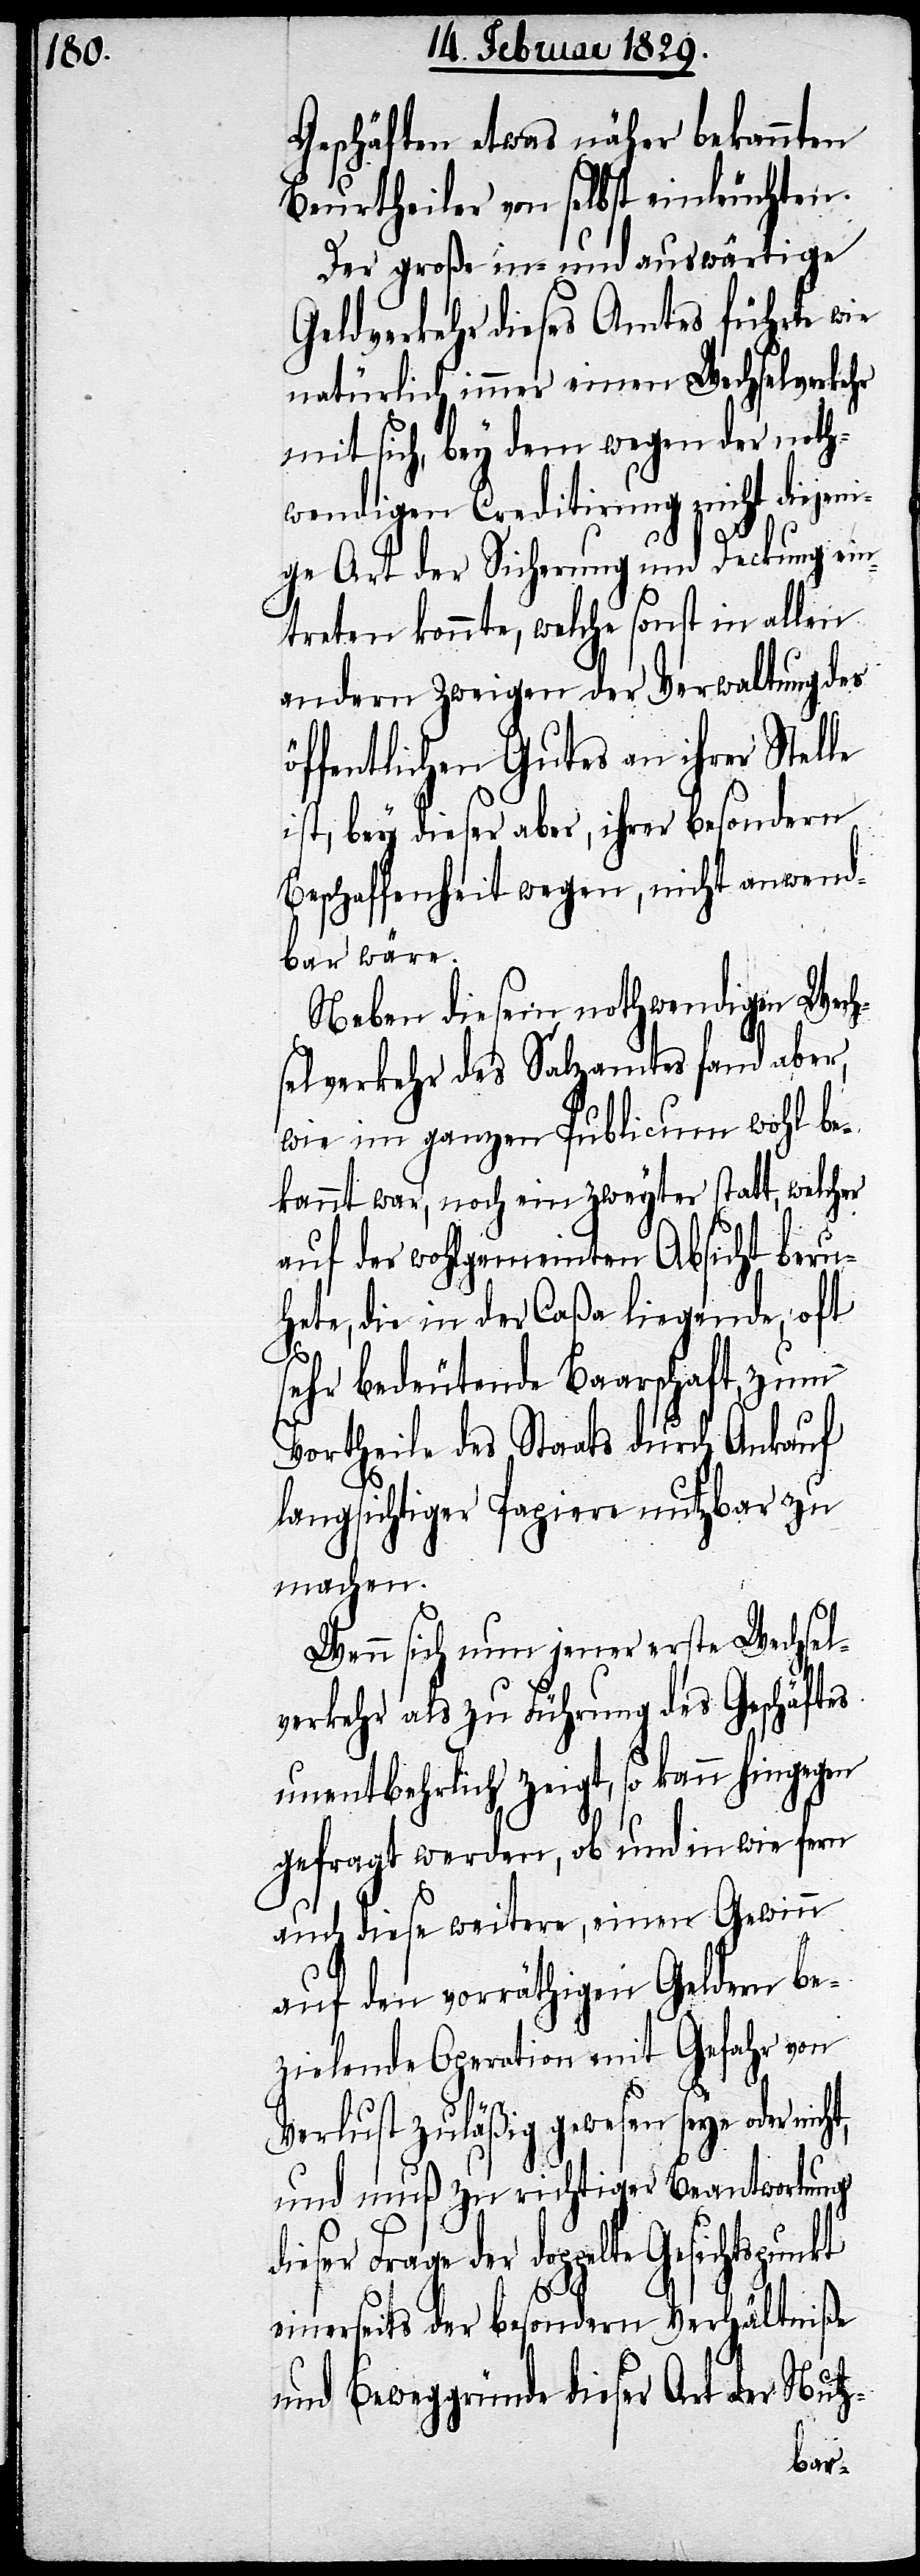
Geschäften etwas näher bekannten
Beurtheiler von selbst einleuchten.
Der große in- und auswärtige
Geldverkehr dieses Amtes führte wie
natürlich immer einen Wechselverkehr
mit sich, bey dem wegen der noth¬
wendigen Creditirung nicht diejen¬
ige Art der Sicherung und Deckung ein¬
treten konnte, welche sonst in allen
andern Zweigen der Verwaltung des
öffentlichen Gutes an ihrer Stelle
ist, bey dieser aber, ihrer besondern
Beschaffenheit wegen, nicht anwend¬
bar wäre.
Neben diesen nothwendigen Wech¬
selverkehr des Salzamtes fand aber,
wie im ganzen Publicum wohl be¬
kannt war, noch ein zweyter statt, welcher
auf der wohlgemeinten Absicht beru¬
hete, die in der Caßa liegende, oft
sehr bedeutende Baarschaft, zum
Vortheile des Staats durch Ankauf
langsichtiger Papiere nutzbar zu
machen.
Wenn sich nun jener erste Wechsel¬
verkehr als zu Führung des Geschäftes
unentbehrlich zeigt, so kann hingegen
gefragt werden, ob und in wie fern
auch diese weitere, einen Gewinn
auf den vorräthigen Geldern be¬
zielenden Operation mit Gefahr von
Verlust zuläßig gewesen seye oder
und muß zu richtiger Beantwortung
dieser Frage der doppelte Gesichtspunkt
einerseits der besondern Verhältniße
und Beweggründe dieser Art der Nutz-